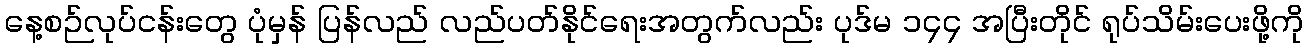
နေ့စဉ်လုပ်ငန်းတွေ ပုံမှန် ပြန်လည် လည်ပတ်နိုင်ရေးအတွက်လည်း ပုဒ်မ ၁၄၄ အပြီးတိုင် ရုပ်သိမ်းပေးဖို့ကို